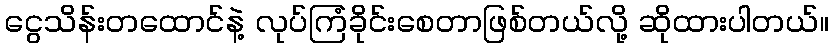
ငွေသိန်းတထောင်နဲ့ လုပ်ကြံခိုင်းစေတာဖြစ်တယ်လို့ ဆိုထားပါတယ်။